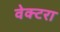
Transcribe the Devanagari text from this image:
वेक्टरा